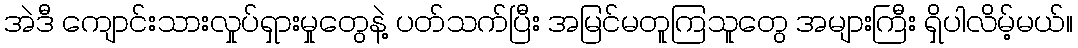
အဲဒီ ကျောင်းသားလှုပ်ရှားမှုတွေနဲ့ ပတ်သက်ပြီး အမြင်မတူကြသူတွေ အများကြီး ရှိပါလိမ့်မယ်။